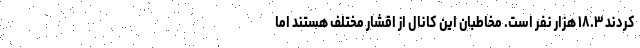
کردند ۱۸.۳ هزار نفر است. مخاطبان این کانال از اقشار مختلف هستند اما